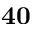
\mathbf { 4 0 }